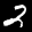
Label: 2